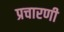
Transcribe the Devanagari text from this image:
प्रचारणी